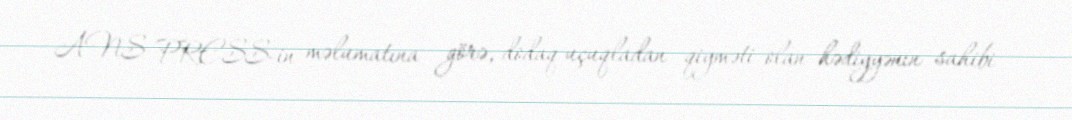
ANS PRESS-in məlumatına görə, dodaq uçuqladan qiyməti olan hədiyyənin sahibi